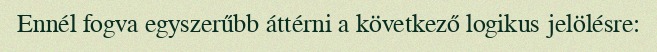
Ennél fogva egyszerűbb áttérni a következő logikus jelölésre: